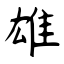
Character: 雄